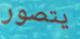
يتصور